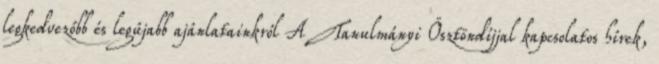
legkedvezőbb és legújabb ajánlatainkról A Tanulmányi Ösztöndíjjal kapcsolatos hírek,